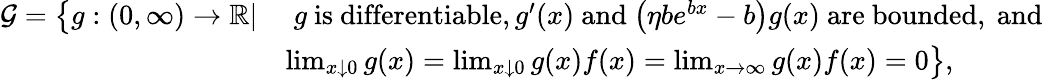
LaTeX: \begin{array}{rl}{\mathcal{G}=\big\{ g:(0,\infty)\rightarrow\mathbb{R}|}&{\; g\mathrm{~is~differentiable},g^{\prime}(x)\mathrm{~and~}\big(\eta be^{bx}-b\big)g(x)\mathrm{~are~bounded,~and}}\\ &{\operatorname*{lim}_{x\downarrow 0}g(x)=\operatorname*{lim}_{x\downarrow 0}g(x)f(x)=\operatorname*{lim}_{x\rightarrow\infty}g(x)f(x)=0\big\} ,}\end{array}